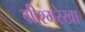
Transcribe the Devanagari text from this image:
ग्रीश्मरेखा